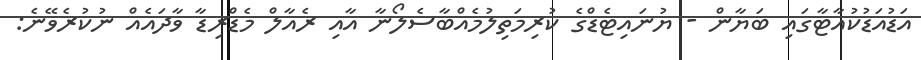
އަޑުއަޑުކުއާޓާގައި ބަޔާން - ޔުނައިޓެޑްގެ ކުރިމަތިލުމެއްބާސެލޯނާ އާއި ރެއާލް މެޑްރިޑާ ވާދައެއް ނުކުރެވޭނެ: